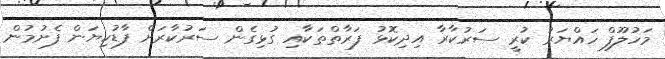
މަހުލޫފް ހައްޔަރު ކުރީ ސަރުކާރާ އިދިކޮޅު ފަރާތްތަކާއި ގުޅިގެން ސަރުކާރަށް ފާޑުކިޔަން ފެށުމުން